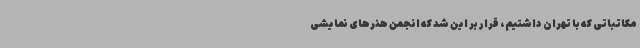
مکاتباتی که با تهران داشتیم، قرار بر این شد که انجمن هنرهای نمایشی